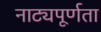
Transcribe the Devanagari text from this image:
नाट्यपूर्णता